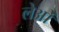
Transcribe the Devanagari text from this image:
लेओं